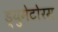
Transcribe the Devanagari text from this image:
ड्युमेटोरम